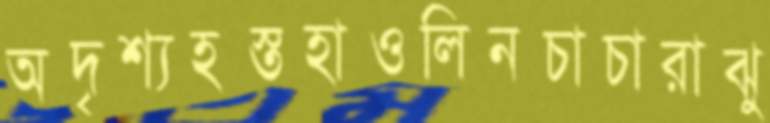
অদৃশ্যহস্তহাওলিনচাচারাঝু